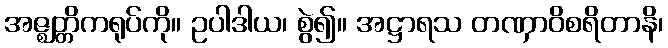
အဇ္ဈတ္တိကရုပ်ကို။ ဥပါဒါယ၊ စွဲ၍။ အဋ္ဌာရသ တဏှာဝိစရိတာနိ၊